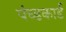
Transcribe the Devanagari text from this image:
पंच्डकार्ड